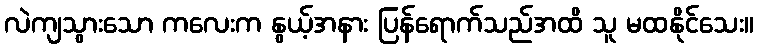
လဲကျသွားသော ကလေးက နွယ့်အနား ပြန်ရောက်သည်အထိ သူ မထနိုင်သေး။